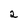
Character: 2